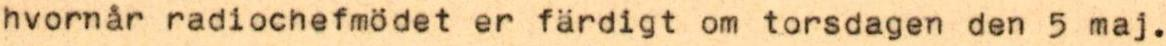
hvornår radiochefmödet er färdigt om torsdagen den 5 maj.